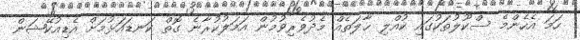
ހަމަ އެހެންމެ ސްކޫލުތަކުގައި ކުއްލި ޙާލަތެއް މެދުވެރިވުމުން އަމަލުކުރާނެ ގޮތް ކަނޑައަޅުމަށް އެޑިއުކޭޝަން